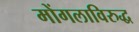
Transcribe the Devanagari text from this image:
मोंगलाविरुद्ध